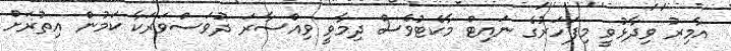
އާމިރު ވިދާޅުވީ މިފަހަރުގެ ނައިޓް މާކެޓުވެސް ދިމާވީ ވިއްސާރަ ދުވަސްވަރަކާ ކަމުން އިތުރަށް